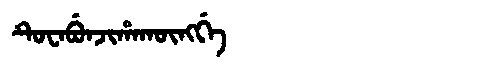
Manchu: ᡨᡠᠸᠠᠪᡠᠨᠵᡳᡥᠠᡴᡡᠩᡤᡝ
Romanization: TUWABUNJIHAKŪNGGE